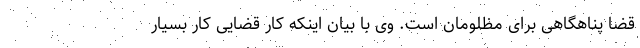
قضا پناهگاهی برای مظلومان است. وی با بیان اینکه کار قضایی کار بسیار